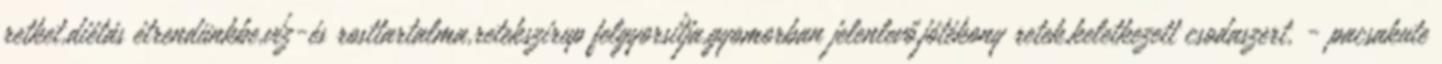
retket,diétás étrendünkbe,víz-és rosttartalma,retekszirup felgyorsítja,gyomorban jelenlevő,jótékony retek,keletkezett csodaszert, - pacsakute